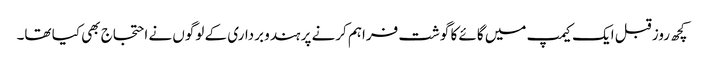
کچھ روز قبل ایک کیمپ میں گائے کا گوشت فراہم کرنے پر ہندو برداری کے لوگوں نے احتجاج بھی کیا تھا۔